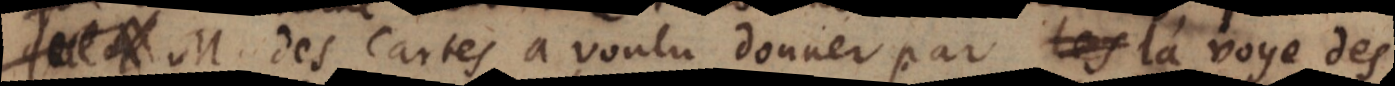
M. des Cartes a voulu donner par la voye des